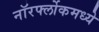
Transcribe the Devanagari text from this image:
नॉरर्फ्लोकमध्ये